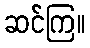
ဆင်ကြ။